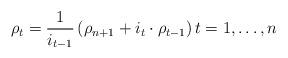
LaTeX: \begin{align*} \rho_{t}=\frac{1}{{i}_{t-1}}\left(\rho_{n+1} +i_{t} \cdot \rho_{t-1}\right) t=1, \dots, n\end{align*}